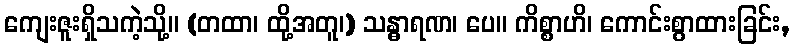
ကျေးဇူးရှိသကဲ့သို့။ (တထာ၊ ထို့အတူ၊) သန္ဓာရဏ၊ ပေ။ ကိစ္စာဟိ၊ ကောင်းစွာထားခြင်း,